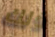
ذلك